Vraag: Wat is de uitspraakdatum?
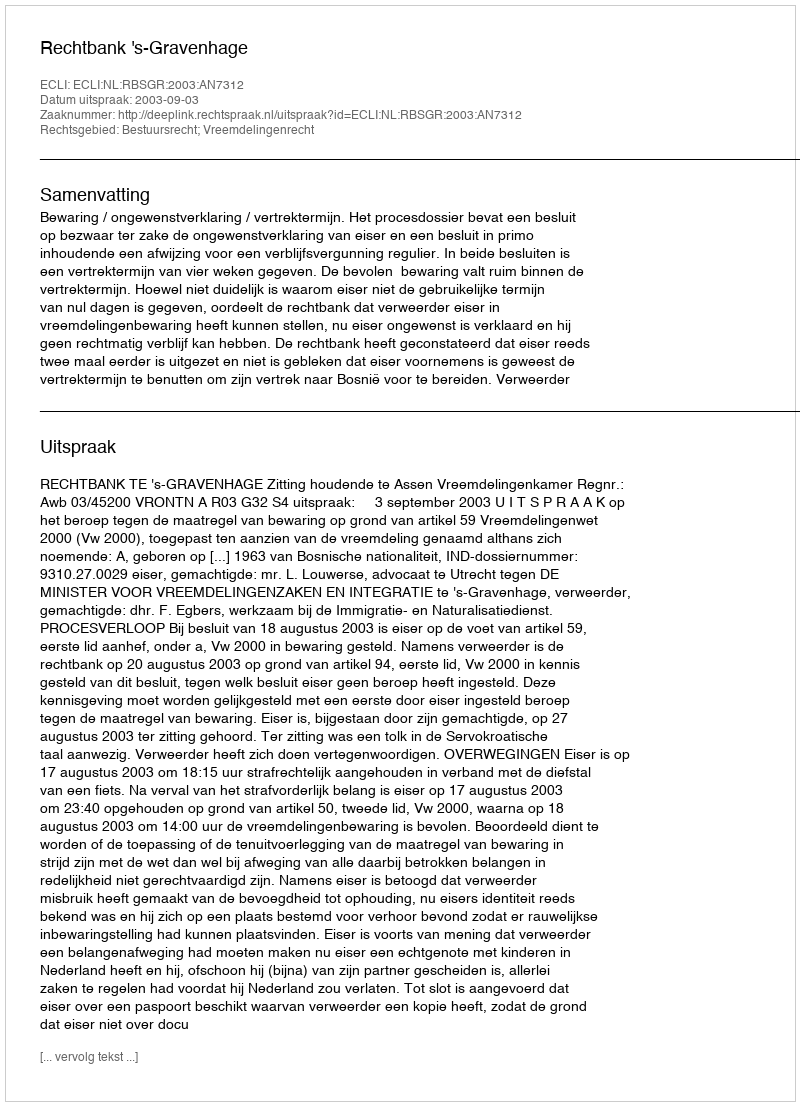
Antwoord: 2003-09-03